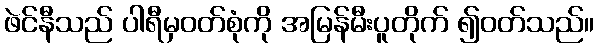
ဖဲင်နီသည် ပါရီမှဝတ်စုံကို အမြန်မီးပူတိုက် ၍ဝတ်သည်။